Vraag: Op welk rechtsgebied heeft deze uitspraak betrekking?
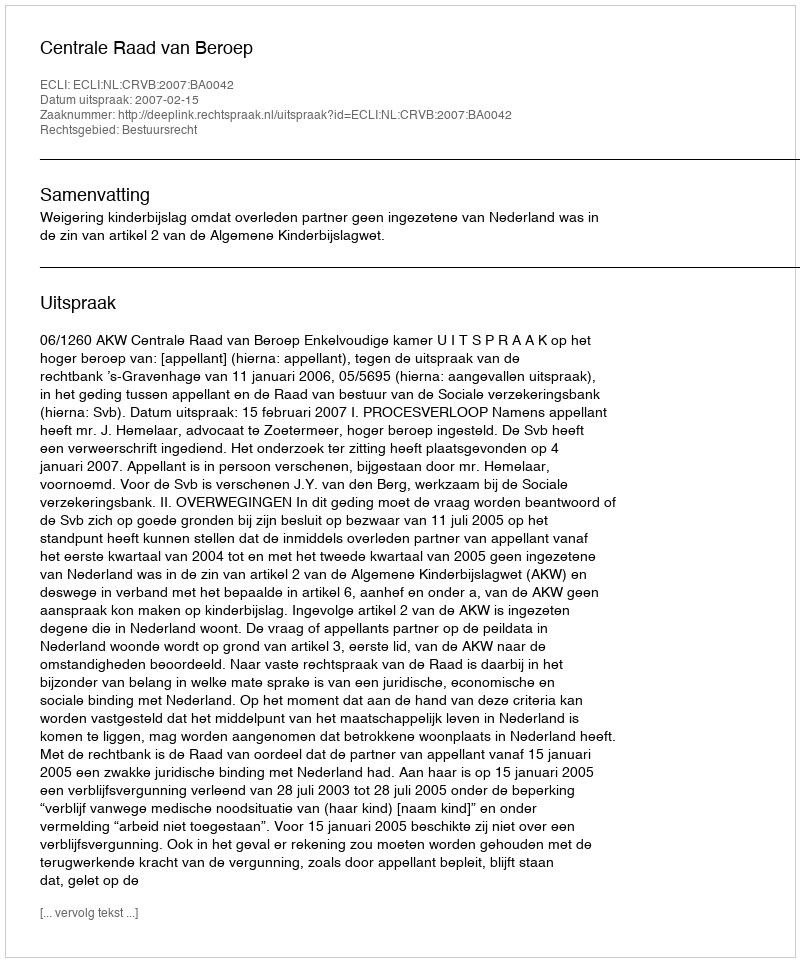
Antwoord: Bestuursrecht